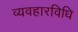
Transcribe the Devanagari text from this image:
व्यवहारविधि